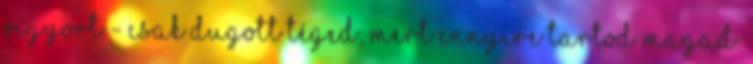
vigyort - Csak dugott téged, mert ennyire tartod magad.